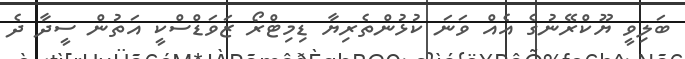
ބަލިވީ ޔޫކްރޭނުގެ އެއް ވަނަ ކުޅުންތެރިޔާ ޑިމިޓްރޯ ޒަވަޑްސްކީ އަތުން ސީދާ ދެ